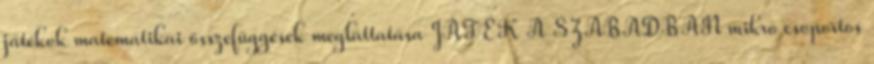
játékok matematikai összefüggések megláttatása JÁTÉK A SZABADBAN mikro csoportos